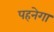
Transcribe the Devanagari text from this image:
पहनेगा